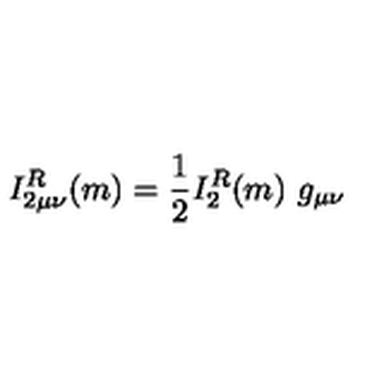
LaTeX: I _ { 2 \mu \nu } ^ { R } ( m ) = \frac { 1 } { 2 } I _ { 2 } ^ { R } ( m ) \ g _ { \mu \nu }